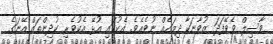
ވާސިލް ވެވޭފަދަ ޒުވާނަކާ ދިމައެއް ނުވެއެވެ. އެކުގައި އުޅޭ އެކުވެރި ކުދިންތައް އޭނަގެ